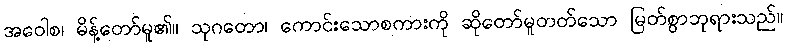
အဝေါစ၊ မိန့်တော်မူ၏။ သုဂတော၊ ကောင်းသောစကားကို ဆိုတော်မူတတ်သော မြတ်စွာဘုရားသည်။